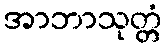
အာဘာသုတ္တံ